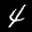
Label: 4